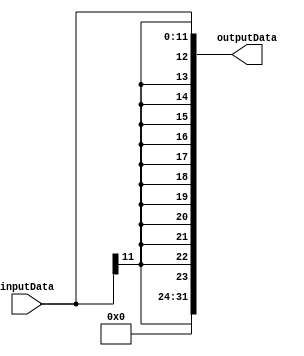
`timescale 1ps/1ps
module SignExti12 (
    inputData, 
    outputData
    );
    
    input [11:0] inputData;
    
    output [31:0] outputData;
    
    assign outputData = {{12{inputData[11]}}, inputData};
    
endmodule